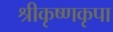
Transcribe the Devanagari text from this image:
श्रीकृष्णकृपा